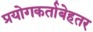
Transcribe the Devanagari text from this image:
प्रयोगकर्ताबेहतर